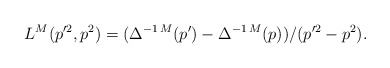
\begin{align*}L^M(p'^2,p^2) = (\Delta^{-1\,M}(p')-\Delta^{-1\,M}(p))/(p'^2-p^2).\end{align*}